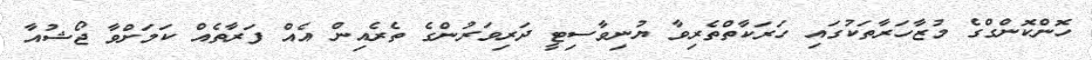
ހޮންކޮންގްގެ މުޒާހަރާތަކުގައި ހަރަކާތްތެރިވާ ޔުނިވާސިޓީ ދަރިވަރުންގެ ތެރެއިން އެއް ފަރާތެއް ކަމަށްވާ ޖޯޝުއާ